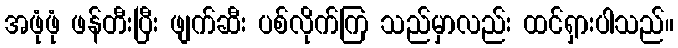
အဖုံဖုံ ဖန်တီးပြီး ဖျက်ဆီး ပစ်လိုက်ကြ သည်မှာလည်း ထင်ရှားပါသည်။